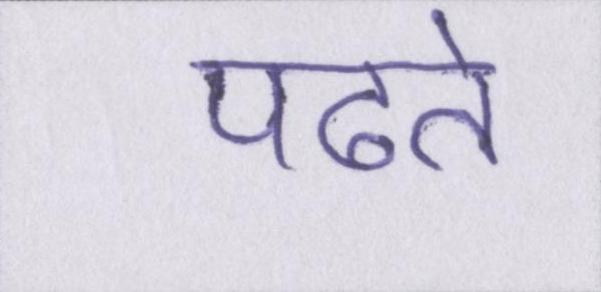
पढते